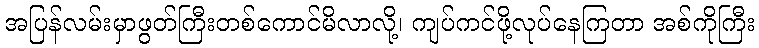
အပြန်လမ်းမှာဖွတ်ကြီးတစ်ကောင်မိလာလို့၊ ကျပ်ကင်ဖို့လုပ်နေကြတာ အစ်ကိုကြီး